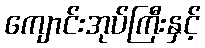
ကျောင်းအုပ်ကြီးနှင့်